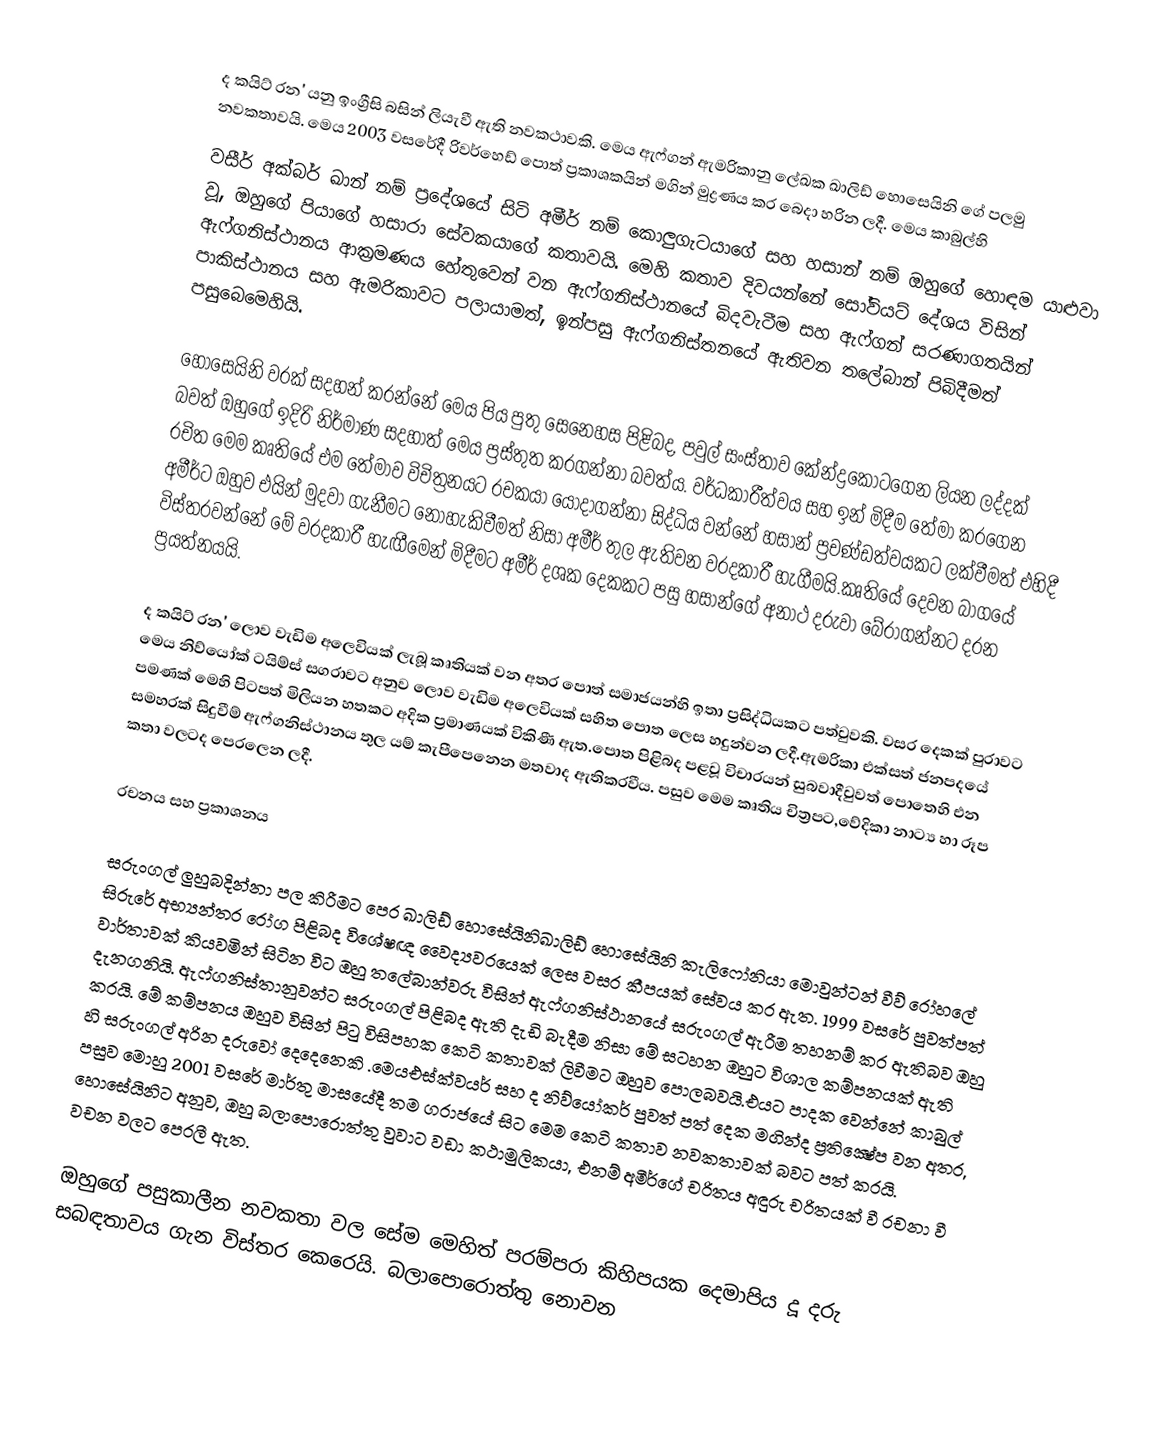
ද කයිට් රන'  යනු ඉංග්‍රීසි බසින් ලියැවී ඇති නවකථාවකි. මෙය ඇෆ්ගන් ඇමරිකානු ලේඛක ඛාලිඩ් හොසෙයිනි ගේ පලමු නවකතාවයි. මෙය 2003 වසරේදී රිවර්හෙඩ් පොත් ප්‍රකාශකයින් මගින් මුද්‍රණය කර බෙදා හරින ලදී. මෙය කාබුල්හි
වසීර් අක්බර් ඛාන් නම් ප්‍රදේශයේ සිටි අමීර් නම් කොලුගැටයාගේ සහ හසාන් නම් ඔහුගේ හොඳම යාළුවා වූ, ඔහුගේ පියාගේ හසාරා සේවකයාගේ කතාවයි. මෙහි කතාව දිවයන්නේ සෝවියට් දේශය විසින් ඇෆ්ගනිස්ථානය ආක්‍රමණය හේතුවෙන් වන ඇෆ්ගනිස්ථානයේ බිදවැටීම සහ ඇෆ්ගන් සරණාගතයින් පාකිස්ථානය සහ ඇමරිකාවට පලායාමත්, ඉන්පසු ඇෆ්ගනිස්තනයේ ඇතිවන තලේබාන් පිබිදීමත් පසුබෙමෙහියි.

හොසෙයිනි වරක් සදහන් කරන්නේ මෙය පිය පුතු සෙනෙහස පිළිබද, පවුල් සංස්තාව කේන්ද්‍රකොටගෙන ලියන ලද්දක් බවත් ඔහුගේ ඉදිරි නිර්මාණ සදහාත් මෙය ප්‍රස්තුත කරගන්නා බවත්ය. වර්ධකාරීත්වය සහ ඉන් මිදීම තේමා කරගෙන රචිත මෙම කෘතියේ එම තේමාව විචිත්‍රනයට රචකයා යොදාගන්නා සිද්ධිය වන්නේ හසාන් ප්‍රචණ්ඩත්වයකට ලක්වීමත් එහිදී අමීර්ට ඔහුව එයින් මුදවා ගැනීමට නොහැකිවීමත් නිසා අමීර් තුල ඇතිවන වරදකාරී හැගීමයි.කෘතියේ දෙවන බාගයේ විස්තරවන්නේ මේ වරදකාරී හැඟීමෙන් මිදීමට අමීර් දශක දෙකකට පසු හසාන්ගේ අනාථ දරුවා බේරාගන්නට දරන ප්‍රයත්නයයි.

ද කයිට් රන' ලොව වැඩිම අලෙවියක් ලැබූ කෘතියක් වන අතර පොත් සමාජයන්හි ඉතා ප්‍රසිද්ධියකට පත්වුවකි. වසර දෙකක් පුරාවට මෙය නිව්යෝක් ටයිම්ස් සගරාවට අනුව ලොව වැඩිම අලෙවියක් සහිත පොත ලෙස හදුන්වන ලදී.ඇමරිකා එක්සත් ජනපදයේ පමණක් මෙහි පිටපත් මිලියන හතකට අදික ප්‍රමාණයක් විකිණී ඇත.පොත පිළිබද පළවූ විචාරයන් සුබවාදීවුවත් පොතෙහි එන සමහරක් සිදුවීම් ඇෆ්ගනිස්ථානය තුල යම් කැපීපෙනෙන මතවාද ඇතිකරවීය. පසුව මෙම කෘතිය චිත්‍රපට,වේදිකා නාට්‍ය හා රූප කතා වලටද පෙරලෙන ලදී.

රචනය සහ ප්‍රකාශනය

සරුංගල් ලුහුබදින්නා පල කිරීමට පෙර ඛාලිඩ් හොසේයිනිඛාලිඩ් හොසේයිනි කැලිෆෝනියා මොවුන්ටන් වීව් රෝහලේ සිරුරේ අභ්‍යන්තර රෝග පිළිබද විශේෂඥ වෛද්‍යවරයෙක් ලෙස වසර කීපයක් සේවය කර ඇත. 1999 වසරේ පුවත්පත් වාර්තාවක් කියවමින් සිටින විට ඔහු තලේබාන්වරු විසින් ඇෆ්ගනිස්ථානයේ සරුංගල් ඇරීම තහනම් කර ඇතිබව ඔහු දැනගනියි. ඇෆ්ගනිස්තානුවන්ට සරුංගල් පිළිබද ඇති දැඩි බැදීම නිසා මේ සටහන ඔහුට විශාල කම්පනයක් ඇති කරයි. මේ කම්පනය ඔහුව විසින් පිටු විසිපහක කෙටි කතාවක් ලිවීමට ඔහුව පොලබවයි.එයට පාදක වෙන්නේ කාබුල් හි සරුංගල් අරින දරුවෝ දෙදෙනෙකි .මෙයඑස්ක්වයර්  සහ ද නිව්යෝකර් පුවත් පත් දෙක මගින්ද ප්‍රතික්‍ෂේප වන අතර, පසුව මොහු 2001 වසරේ මාර්තු මාසයේදී තම ගරාජයේ සිට මෙම කෙටි කතාව නවකතාවක් බවට පත් කරයි. හොසේයිනිට අනුව, ඔහු බලාපොරොත්තු වුවාට වඩා කථාමුලිකයා, එනම් අමීර්ගේ චරිතය අඳුරු චරිතයක් වී රචනා වී වචන වලට පෙරලී ඇත.

ඔහුගේ පසුකාලීන නවකතා වල සේම මෙහිත් පරම්පරා කිහිපයක දෙමාපිය දූ දරු සබඳතාවය ගැන විස්තර කෙරෙයි. බලාපොරොත්තු නොවන